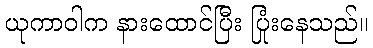
ယုကာဝါက နားထောင်ပြီး ပြုံးနေသည်။